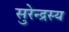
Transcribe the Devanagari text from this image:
सुरेन्द्रस्य